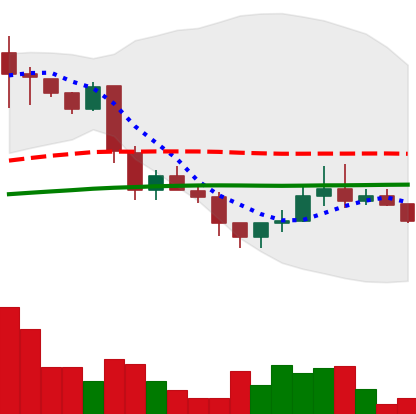
Ticker: LINK-USD
Chart end date: 2018-12-03
Forward return: -20.868%
Label: down_7plus